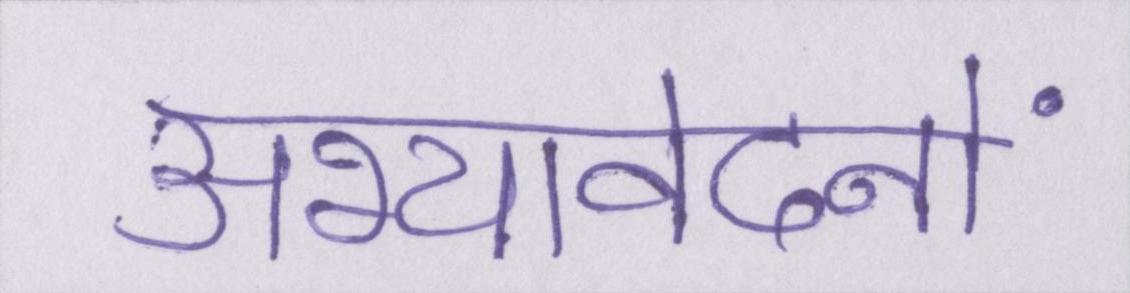
अभ्यावेदनों